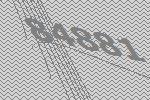
84881